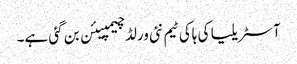
آسٹریلیا کی ہاکی ٹیم نئی ورلڈ چیمپیئن بن گئی ہے۔